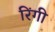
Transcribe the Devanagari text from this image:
रिंगी